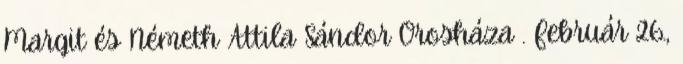
Margit és Németh Attila Sándor Orosháza . Február 26.,